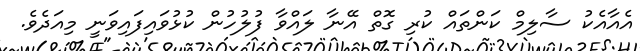
އެއާއެކު ސާލިމް ކަންތައް ކުރި ގޮތް އޭނާ ލައްވާ ފުލުހުން ކުޅުވައިފައިވަނީ މިއަދެވެ.